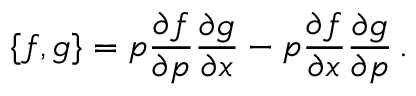
{ \{ f , g \} } = p \frac { \partial f } { \partial p } \frac { \partial g } { \partial x } - p \frac { \partial f } { \partial x } \frac { \partial g } { \partial p } \, .